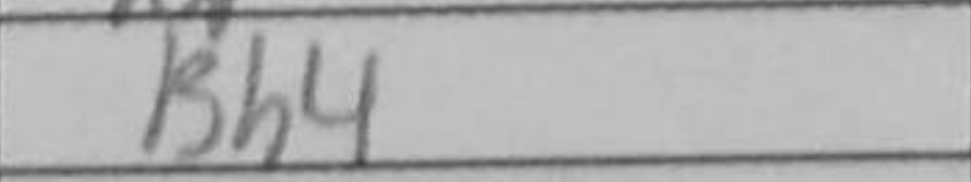
Transcription: Bh4